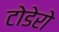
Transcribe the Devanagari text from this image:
टोडेरो